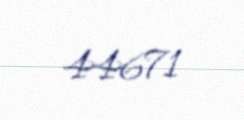
44671